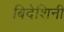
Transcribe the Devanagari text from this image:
बिदेशिनी